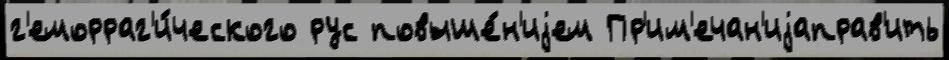
г'еморраг'и́ческого рус повыше́н'иjем Пр'им'ечан'иjаправ'ить